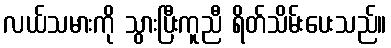
လယ်သမားကို သွားပြီးကူညီ ရိတ်သိမ်းပေးသည်။